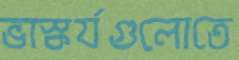
ভাস্কর্যগুলোতে